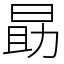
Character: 勗